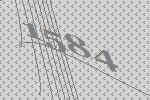
1584